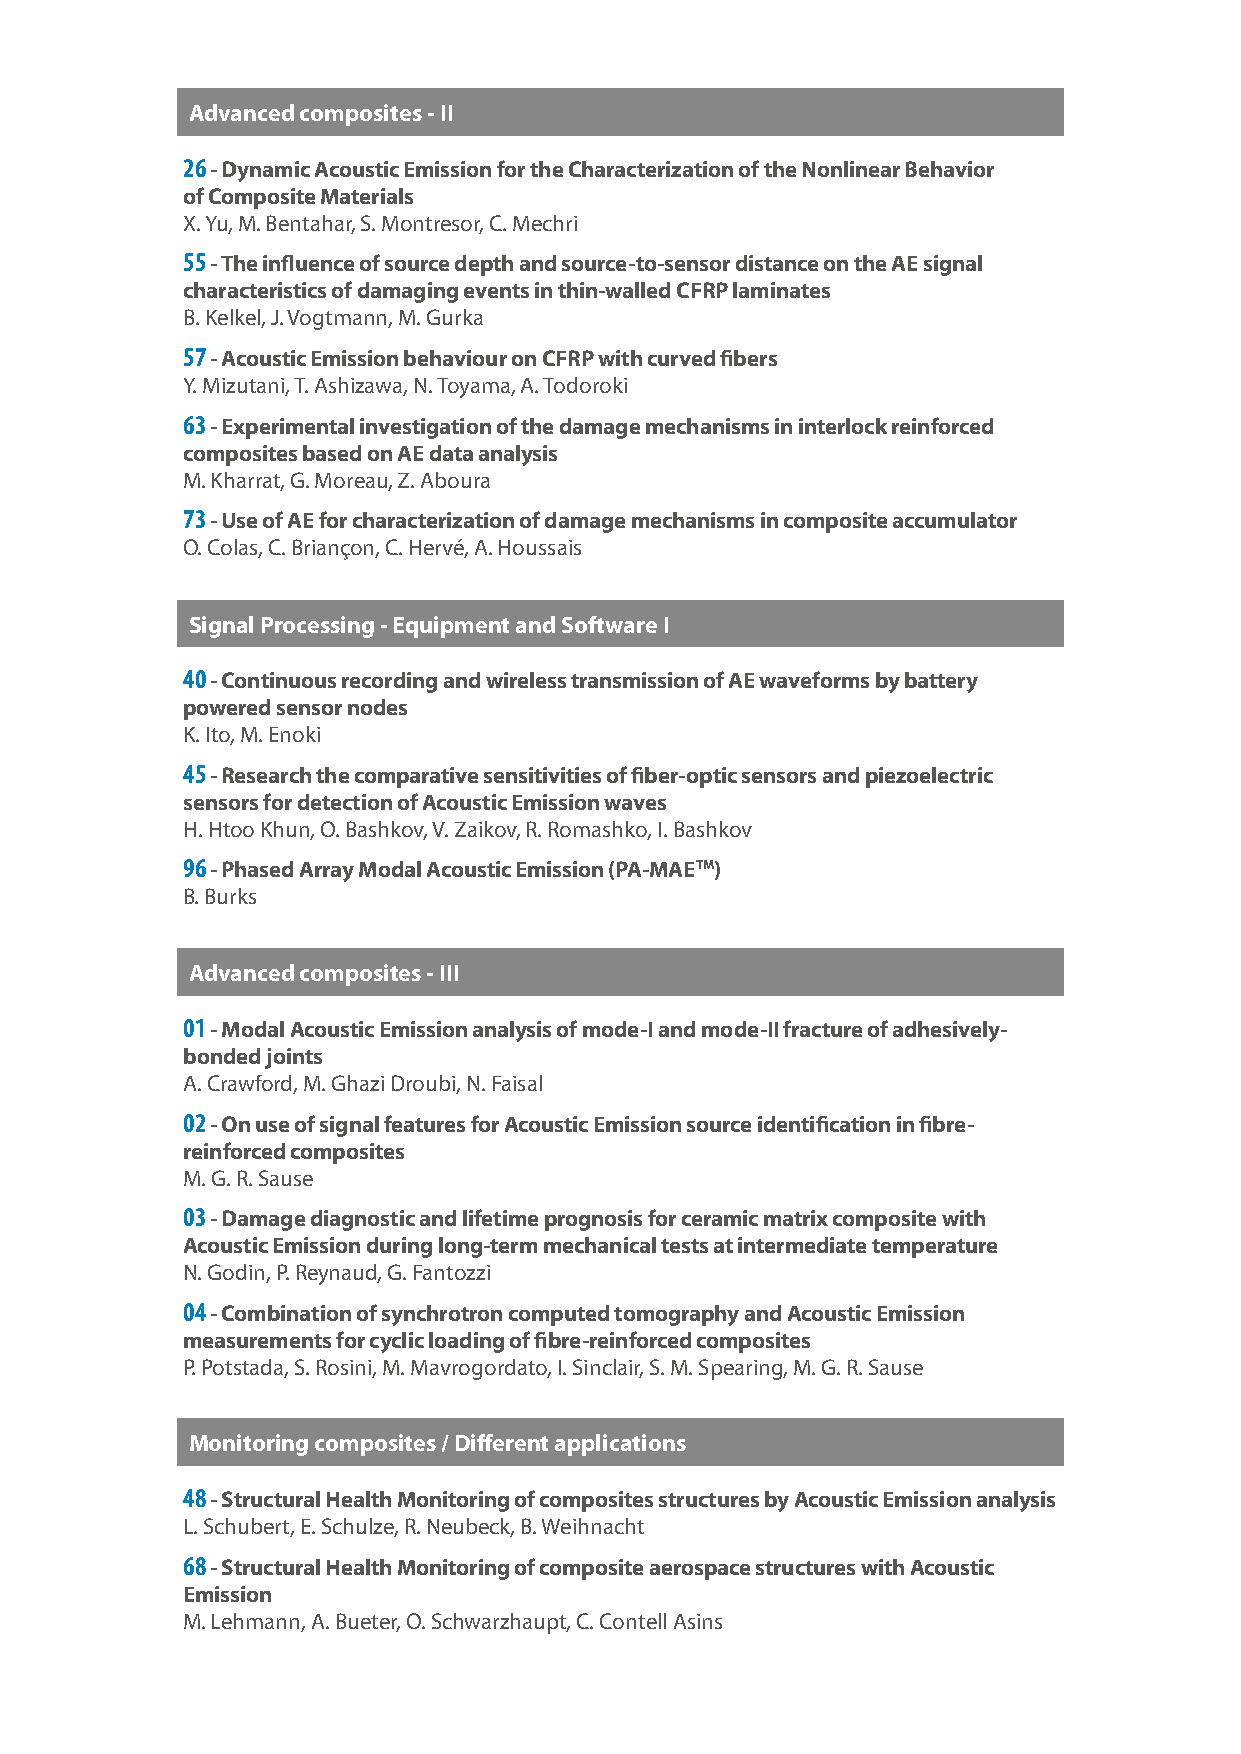
Advanced composites - II
 26 - Dynamic Acoustic Emission for the Characterization of the Nonlinear Behavior
 of Composite Materials
 X. Yu, M. Bentahar, S. Montresor, C. Mechri
 55 - The influence of source depth and source-to-sensor distance on the AE signal
 characteristics of damaging events in thin-walled CFRP laminates
 B.Kelkel, J. Vogtmann, M. Gurka
 57 - Acoustic Emission behaviour on CFRP with curved fibers
 Y.Mizutani, T. Ashizawa, N. Toyama, A. Todoroki
 63 - Experimental investigation of the damage mechanisms in interlock reinforced
 composites based on AE data analysis
 M.Kharrat, G. Moreau, Z. Aboura
 73 - Use of AE for characterization of damage mechanisms in composite accumulator
 O.Colas, C. Briançon, C. Hervé, A. Houssais
 Signal Processing - Equipment and Software I
 40 - Continuous recording and wireless transmission of AE waveforms by battery
 powered sensor nodes
 K.Ito, M. Enoki
 45 - Research the comparative sensitivities of fiber-optic sensors and piezoelectric
 sensors for detection of Acoustic Emission waves
 H.Htoo Khun, O. Bashkov, V. Zaikov, R. Romashko, I. Bashkov
 96 - Phased Array Modal Acoustic Emission (PA-MAETM)
 B.Burks
 Advanced composites - III
 01 - Modal Acoustic Emission analysis of mode-I and mode-II fracture of adhesively-
 bonded joints
 A.Crawford, M. Ghazi Droubi, N. Faisal
 02 - On use of signal features for Acoustic Emission source identification in fibre-
 reinforced composites
 M.G. R. Sause
 03 - Damage diagnostic and lifetime prognosis for ceramic matrix composite with
 Acoustic Emission during long-term mechanical tests at intermediate temperature
 N.Godin, P. Reynaud, G. Fantozzi
 04 - Combination of synchrotron computed tomography and Acoustic Emission
 measurements for cyclic loading of fibre-reinforced composites
 P.Potstada, S. Rosini, M. Mavrogordato, I. Sinclair, S. M. Spearing, M. G. R. Sause
 Monitoring composites / Different applications
 48 - Structural Health Monitoring of composites structures by Acoustic Emission analysis
 L.Schubert, E. Schulze, R. Neubeck, B. Weihnacht
 68 - Structural Health Monitoring of composite aerospace structures with Acoustic
 Emission
 M.Lehmann, A. Bueter, O. Schwarzhaupt, C. Contell Asins